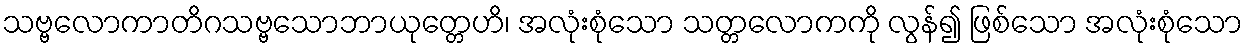
သဗ္ဗလောကာတိဂသဗ္ဗသောဘာယုတ္တေဟိ၊ အလုံးစုံသော သတ္တလောကကို လွန်၍ ဖြစ်သော အလုံးစုံသော